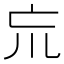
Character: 巟